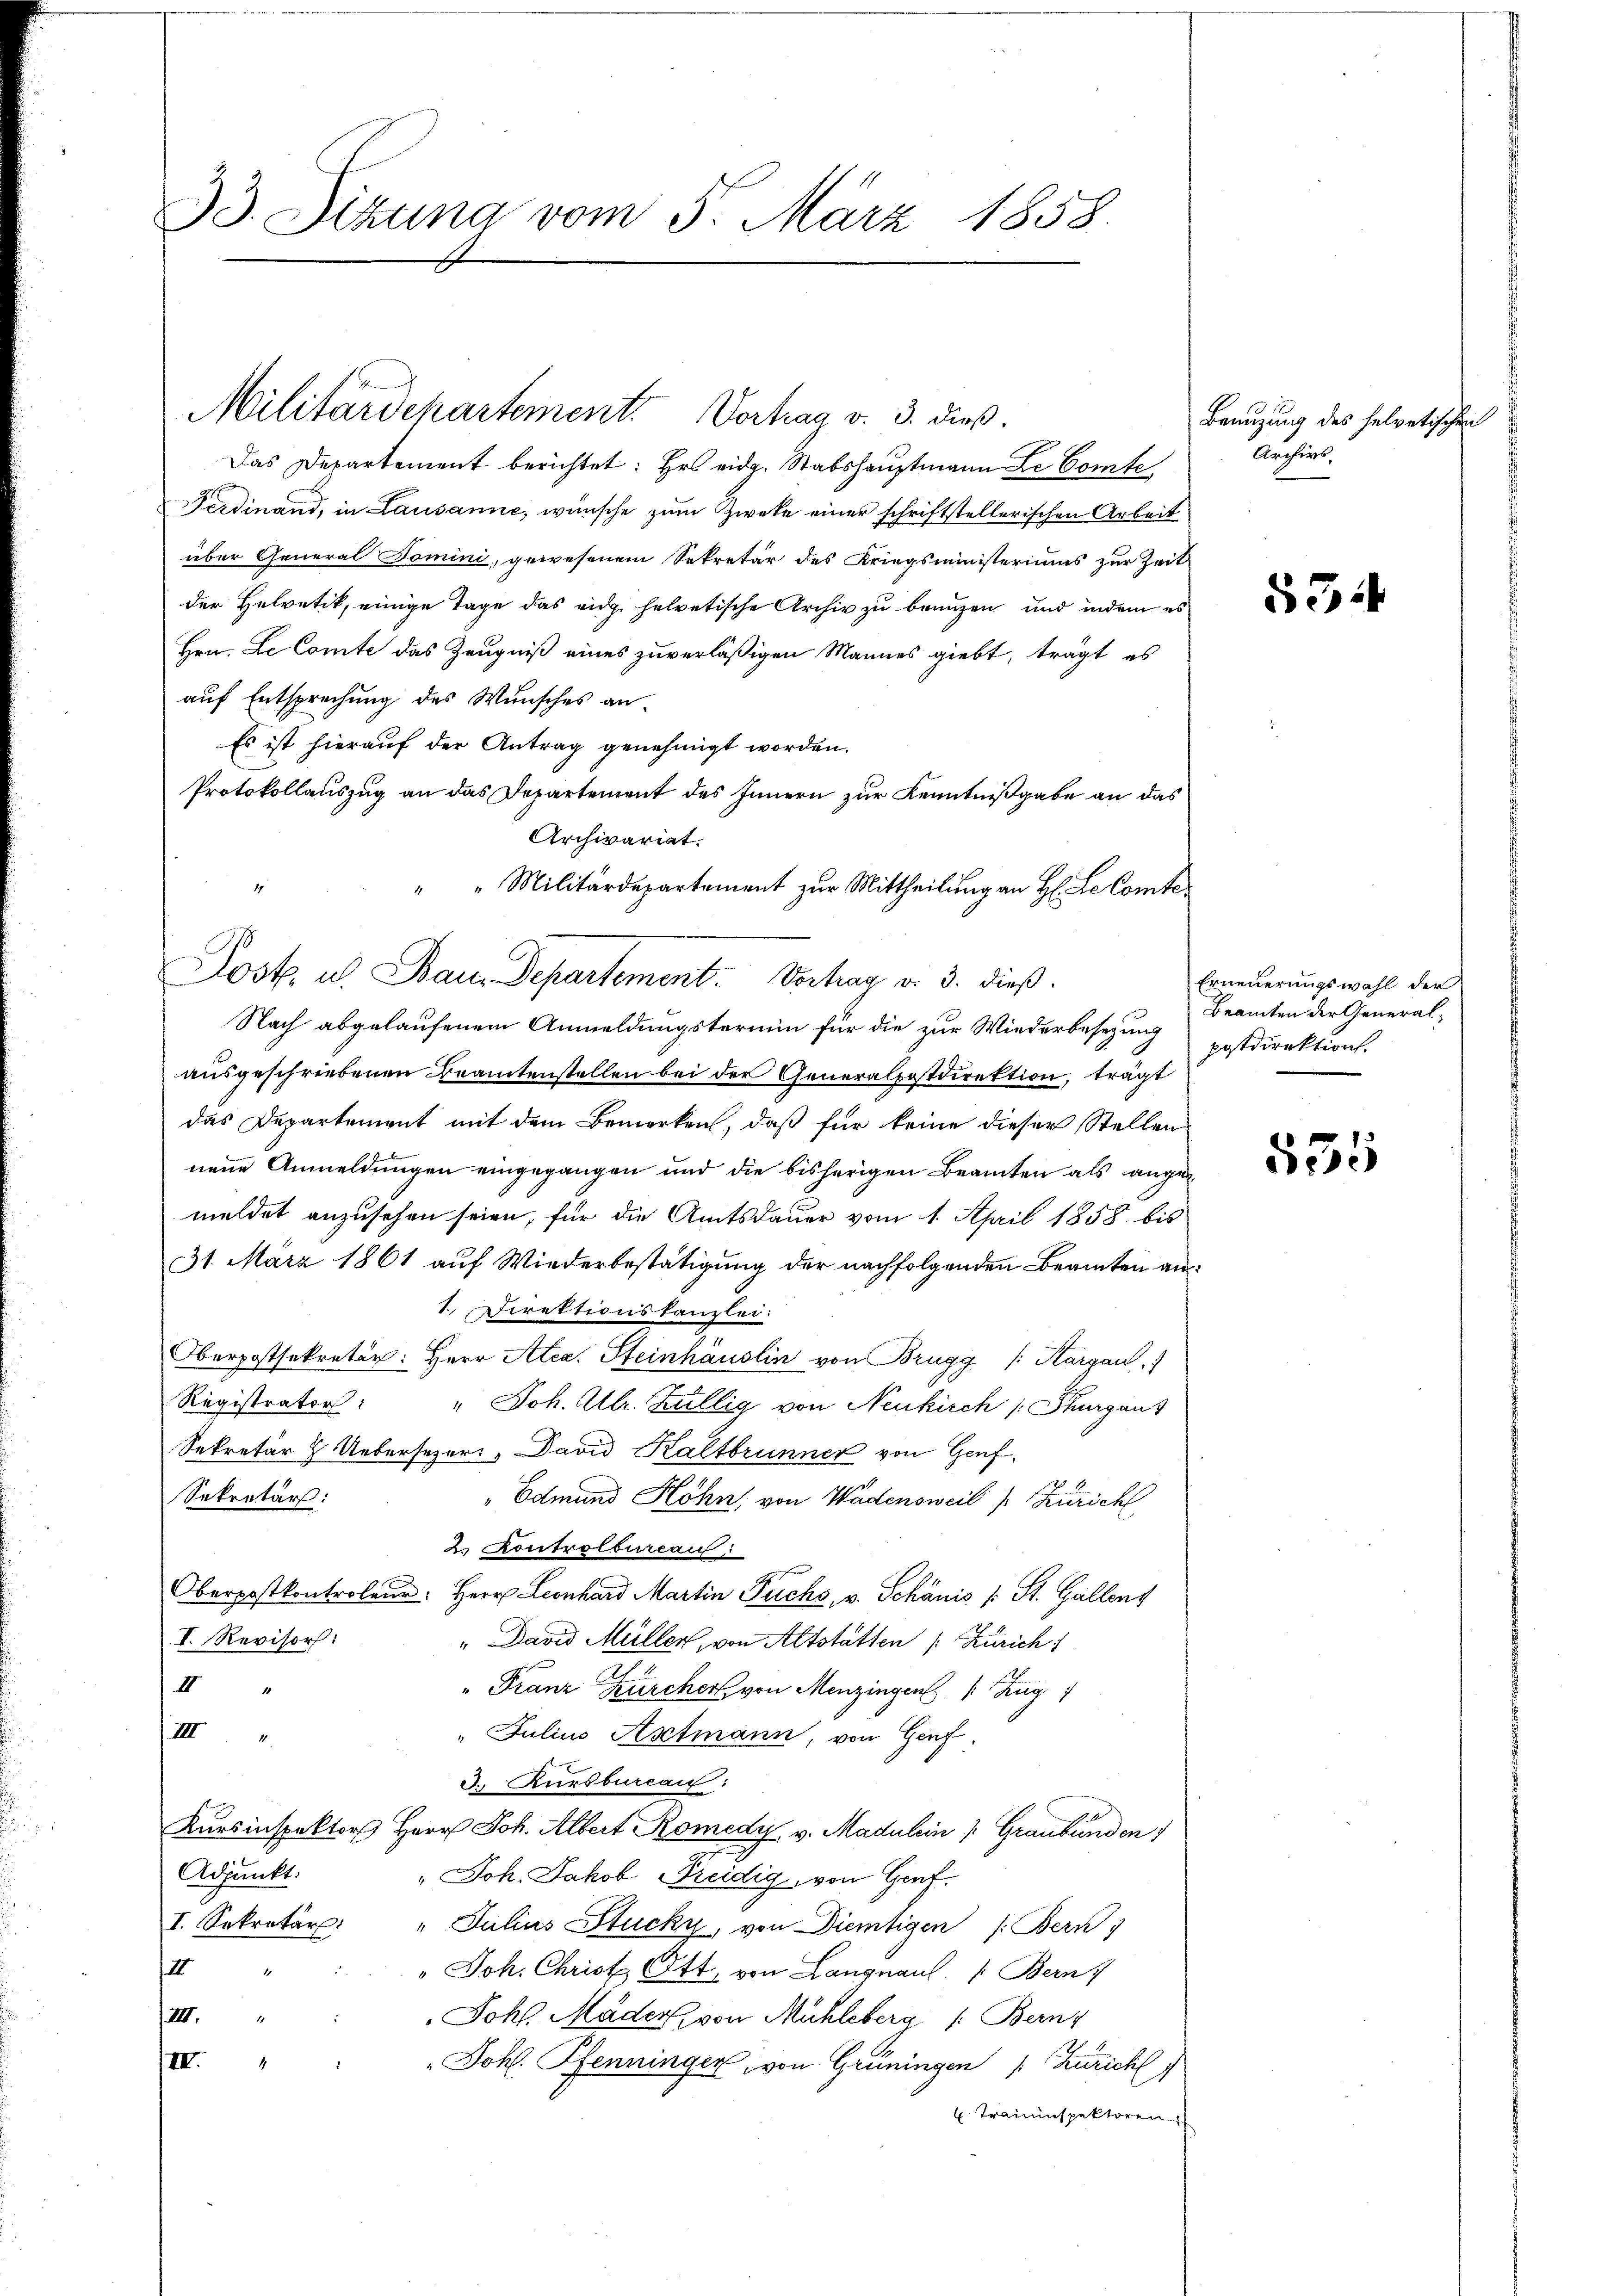
33. Sitzung vom 5. März 1858.

Militärdepartement. Vortrag v. 3. dieß

Das Departement berichtet: Hr. eidg. Stabshauptmann Le Comte
Ferdinand, in Lausanne, wünsche zum Zweke einer schriftstellerischen Arbeit
über General Domini, gewesenem Sekretär des Kriegsministeriums zur Zeit
der Helvetik, einige Tage das eidg. helvetische Archiv zu brauzen und indem es
Hrn. Le Comte das Zeugniß eines zuverläßigen Mannes giebt, trägt es
auf Entsprechung des Wunsches an-
Es ist hierauf der Antrag genehmigt worden.
Protokollauszug an das Departement des Innern zur Kenntnißgabe an das
Archivariat.
Nach abgelaufenem Anmeldungstermin für die zur Wiederbesetzung
ausgeschriebenen Beamtenstellen bei der Generalpostdirektion, trägt
das Departement mit dem Bemerken, daß für keine dieser Stellen
neue Anmeldungen eingegangen und die bisherigen Beamten als angemeldet anzusehen seien, für die Amtsdauer vom 1. April 1858 bis
31. März 1861 auf Wiederbestätigung der nachfolgenden Beamten an¬
1. Direktionstanzlei:
Oberpostsekretär: Herr Atez. Steinhäuslin von Brugg /: Kargau)
Registrator:
" Joh. Ulr. Zillig von Neukirch /: Kurgaus
Sekretär  Uebersezer, David Kaltbrunner von Genf,
Sekretär:
"Edmund Höhn, von Wadensweil Zürich
2. Kontrolbureau
Oberpostkontroleur. Herr Leonhard Martin Fuchs, v. Schanis /: St. Gallens
I. Revisort:
" David Müller, von Altstatten /: Zürich 1
II 4
" Franz Zürcher, von Menzingen /: Zug
III.
" Julius Astmann, von Genf.
J. Kursburcau:
Kursinspektors Herr Joh. Albert Romedy v. Madulin " Graubünden
Adjunkt:
" Joh. Jakob Reidig, von Genf.
I. Sekretär: " Julius Stucky, von Diemtigen /: Bern
I
" Joh. Christ Ott, von Langnaul /: Bern
III.
Johl. Mader, von Mühleberg (: Bern,
III.
Johl. Pfenninger, von Grüningen Zuricht
4
 Trauenspektoren

" " Militärdepartement zur Mittheilung an H. Le Comte
Post. u. Bam Departement. Vertrag v. 3. dieß.

Benuzung des helvetischen
Archivs.

534

Erneuerungswahl der
Beamten der Generalpostdirektion.

535